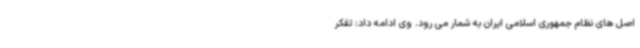
اصل های نظام جمهوری اسلامی ایران به شمار می رود. وی ادامه داد: تفکر